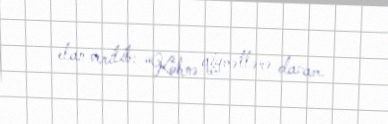
elan verilib: “Köhnə qiymətlərə davam.